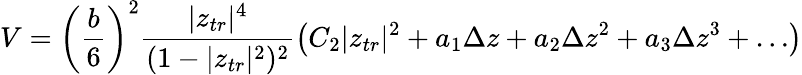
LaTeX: V=\left(\frac{b}{6}\right)^{2}\frac{|z_{tr}|^{4}}{(1-|z_{tr}|^{2})^{2}}\left(C_{2}|z_{tr}|^{2}+a_{1}\Delta z+a_{2}\Delta z^{2}+a_{3}\Delta z^{3}+\ldots\right)